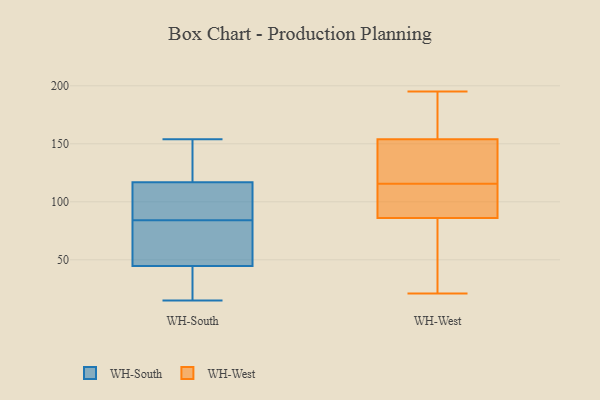
{"axis": {"x": "Temperature (°C)", "y": "Value"}, "legend": ["WH-South", "WH-West"], "data": [{"x": "", "y": 82, "type": "WH-South"}, {"x": "", "y": 113, "type": "WH-South"}, {"x": "", "y": 21, "type": "WH-South"}, {"x": "", "y": 86, "type": "WH-South"}, {"x": "", "y": 118, "type": "WH-South"}, {"x": "", "y": 84, "type": "WH-South"}, {"x": "", "y": 154, "type": "WH-South"}, {"x": "", "y": 35, "type": "WH-South"}, {"x": "", "y": 74, "type": "WH-South"}, {"x": "", "y": 15, "type": "WH-South"}, {"x": "", "y": 152, "type": "WH-South"}, {"x": "", "y": 21, "type": "WH-West"}, {"x": "", "y": 104, "type": "WH-West"}, {"x": "", "y": 155, "type": "WH-West"}, {"x": "", "y": 94, "type": "WH-West"}, {"x": "", "y": 98, "type": "WH-West"}, {"x": "", "y": 192, "type": "WH-West"}, {"x": "", "y": 106, "type": "WH-West"}, {"x": "", "y": 195, "type": "WH-West"}, {"x": "", "y": 142, "type": "WH-West"}, {"x": "", "y": 40, "type": "WH-West"}, {"x": "", "y": 176, "type": "WH-West"}, {"x": "", "y": 79, "type": "WH-West"}, {"x": "", "y": 86, "type": "WH-West"}, {"x": "", "y": 132, "type": "WH-West"}, {"x": "", "y": 125, "type": "WH-West"}, {"x": "", "y": 154, "type": "WH-West"}, {"x": "", "y": 49, "type": "WH-West"}, {"x": "", "y": 125, "type": "WH-West"}]}